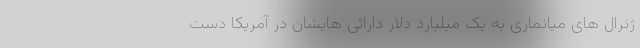
ژنرال های میانماری به یک میلیارد دلار دارائی هایشان در آمریکا دست